画像に写った文字を読んでください
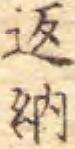
「返納」と書いてあります